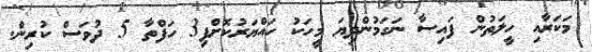
މަކަރާއި ހީލަތުން ފައިސާ ނަގަމުންދިޔަ މީހަކު ހައްޔަރުކޮށްފި3 ހަފްތާ 5 ދުވަސް ކުރިން.